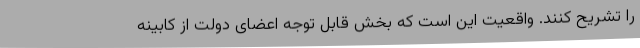
را تشریح کنند. واقعیت این است که بخش قابل توجه اعضای دولت از کابینه